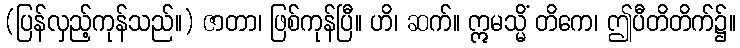
(ပြန်လှည့်ကုန်သည်။) ဇာတာ၊ ဖြစ်ကုန်ပြီ။ ဟိ၊ ဆက်။ ဣမသ္မိံ တိကေ၊ ဤပီတိတိက်၌။